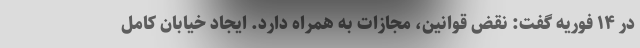
در ۱۴ فوریه گفت: نقض قوانین، مجازات به همراه دارد. ایجاد خیابان کامل